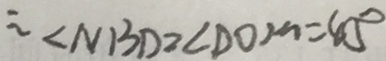
\therefore \angle N B D = \angle D O M = 4 5 ^ { \circ }